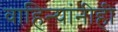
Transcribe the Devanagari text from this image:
वाहिन्यांनीही